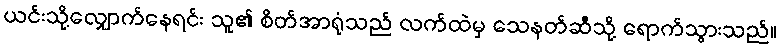
ယင်းသို့လျှောက်နေရင်း သူ၏ စိတ်အာရုံသည် လက်ထဲမှ သေနတ်ဆီသို့ ရောက်သွားသည်။